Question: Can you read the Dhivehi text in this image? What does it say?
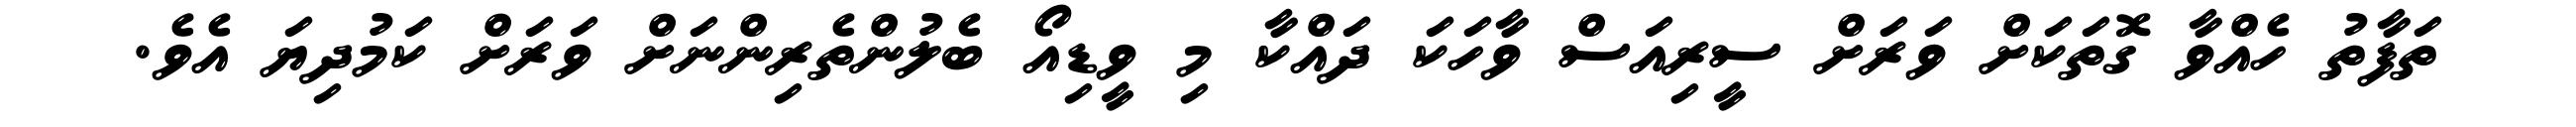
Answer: ތަފާތު ހެއްވާ ގޮތަކަށް ވަރަށް ސީރިއަސް ވާހަކަ ދައްކާ މި ވީޑިއޯ ބެލުންތެރިންނަށް ވަރަށް ކަމުދިޔަ އެވެ.